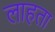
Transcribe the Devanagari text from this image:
लाहता